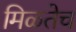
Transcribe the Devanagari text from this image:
मिळतेच